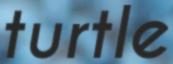
turtle